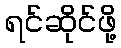
ရင်ဆိုင်ဖို့